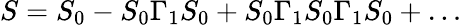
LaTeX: S=S_{0}-S_{0}\Gamma_{1}S_{0}+S_{0}\Gamma_{1}S_{0}\Gamma_{1}S_{0}+\ldots